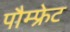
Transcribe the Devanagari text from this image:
पौम्‍फ्रेट